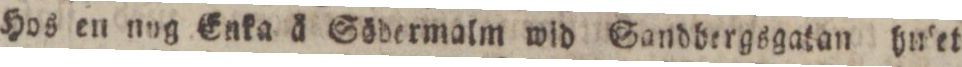
Hos en nog Enka å Söbermalm wid Sandbergsgatan hulet